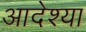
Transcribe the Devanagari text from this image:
आदेश्या